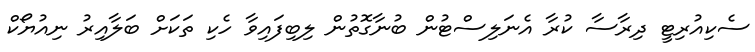
ސެކިއުރިޓީ ދިރާސާ ކުރާ އެނަލިސްޓުން ބުނާގޮތުން ލިބިފައިވާ ހެކި ތަކަށް ބަލާއިރު ނިއުޔޯކް